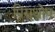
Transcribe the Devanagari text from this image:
प्रिसथ्रोप